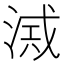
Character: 𣸂